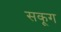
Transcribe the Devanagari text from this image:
सकूग